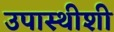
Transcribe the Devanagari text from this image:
उपास्थीशी